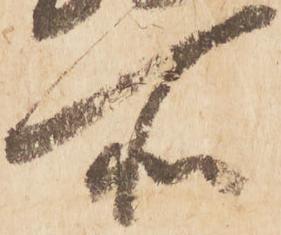
所